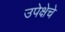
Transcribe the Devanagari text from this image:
उपेक्षेचे